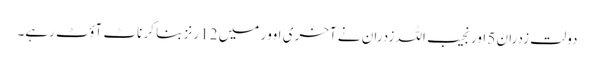
دولت زدران 5 اور نجیب اللہ زدران نے آخری اوور میں 12 رنز بنا کر ناٹ آؤٹ رہے۔